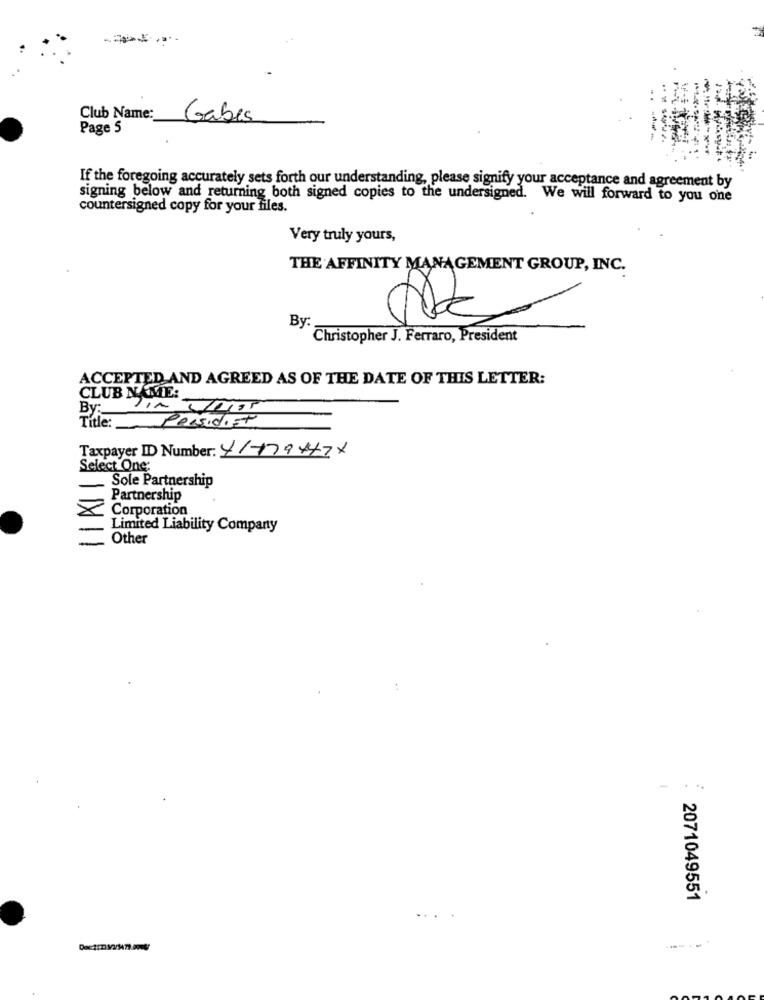
Club Name:
Gabes
Page S
If the foregoing accurately sets forth our understanding, please signify your acceptance and agreement by
signing below and returning both signed copies to the undersigned. We will forward to you one
countersigned copy for your files.
Very truly yours,
THE AFFINITY MANAGEMENT GROUP, INC.
By:
Christopher J. Ferraro, President
ACCEPTED AND AGREED AS OF THE DATE OF THIS LETTER:
CLUB NAME:
By: JIN UT
Title:
PerSIdist
Taxpayer ID Number: 4/179447x
Select One:
Sole Partnership
Partnership
Corporation
Limited Liability Company
Other
-
2071049551
---- - -